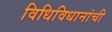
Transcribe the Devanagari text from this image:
विधिविधानांची